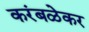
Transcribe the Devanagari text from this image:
करंबळेकर